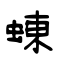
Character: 蝀